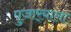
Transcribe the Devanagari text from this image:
पुजार्‍याला